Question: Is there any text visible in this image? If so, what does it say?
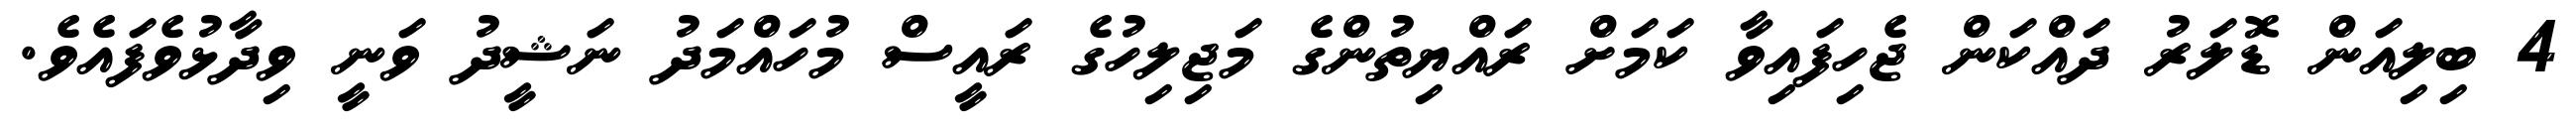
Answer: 4 ބިލިއަން ޑޮލަރު ދައްކަން ޖެހިފައިވާ ކަމަށް ރައްޔިތުންގެ މަޖިލިހުގެ ރައީސް މުހައްމަދު ނަޝީދު ވަނީ ވިދާޅުވެފައެވެ.